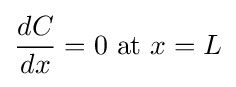
{\frac {dC}{dx}}=0{\text{ at }}x=L